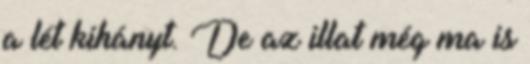
a lét kihányt. De az illat még ma is